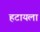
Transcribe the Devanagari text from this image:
हटायला